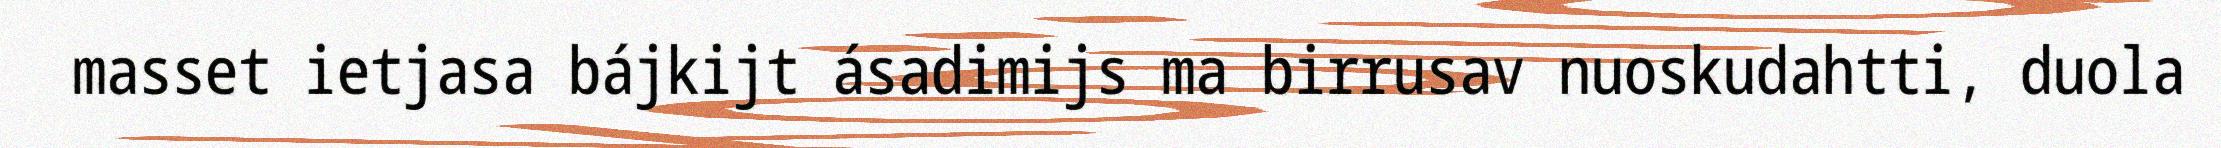
masset ietjasa bájkijt ásadimijs ma birrusav nuoskudahtti, duola